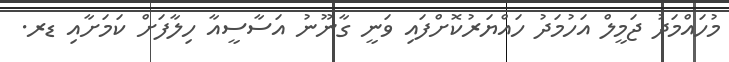
މުހައްމަދު ޖަމީލް އަހުމަދު ހައްޔަރުކޮށްފައި ވަނީ ގާނޫނު އަސާސީއާ ހިލާފަށް ކަމަށާއި ޑރ.